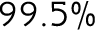
9 9 . 5 \%